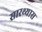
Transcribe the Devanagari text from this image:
सारथ्यास